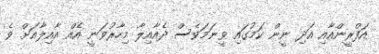
އަފްރީންއާއި އަދި ނީން ކަމުގައި ވީނަމަވެސް ދެއާއިލާ މިހާރުވަނީ އެއް އާއިލާއަށް ވެ